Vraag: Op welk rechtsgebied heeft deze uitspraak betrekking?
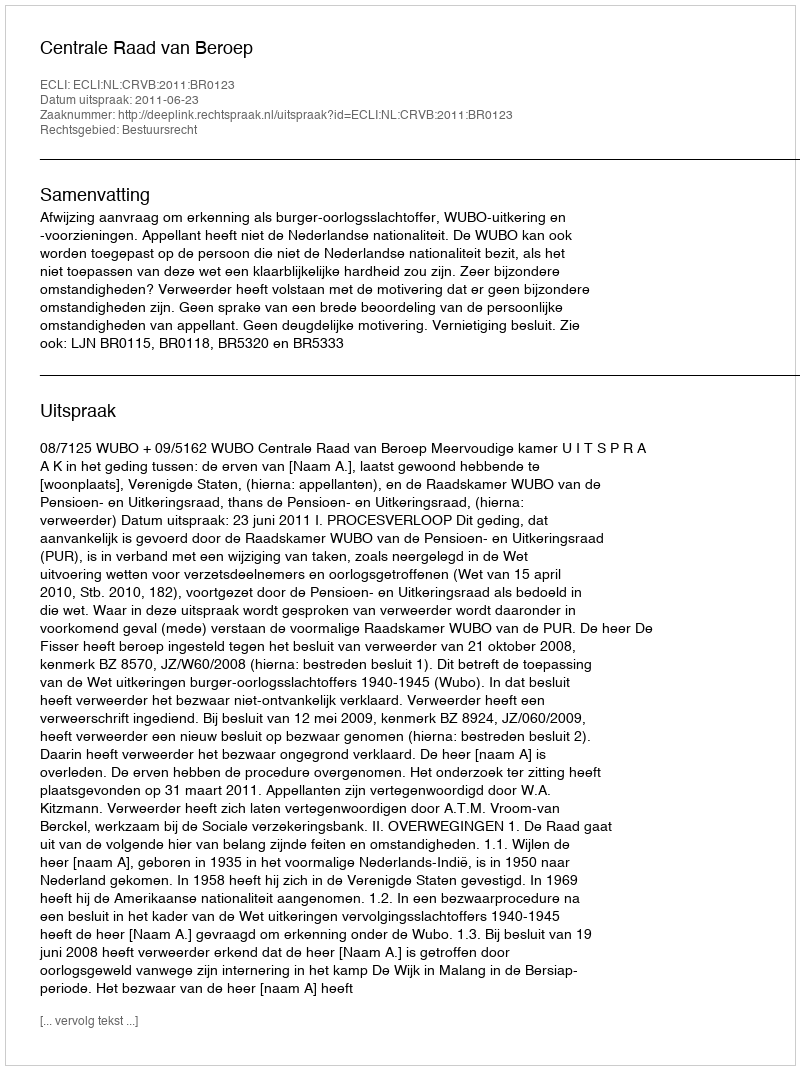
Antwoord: Bestuursrecht